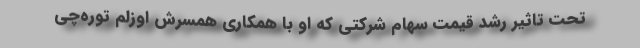
تحت تاثیر رشد قیمت سهام شرکتی که او با همکاری همسرش اوزلم توره‌چی